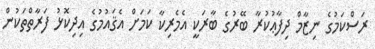
ރަސްކަމުގެ ނިޒާމް ދިފާޢުކުރާ ބޭރުގެ ބާރަކީ އެމެރިކާ ކަމަށް އެޤައުމުގެ އިދިކޮޅު ފަރާތްތަކުން